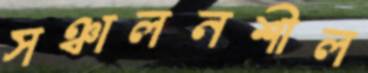
সঞ্চালনশীল